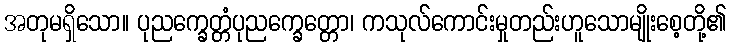
အတုမရှိသော။ ပုညက္ခေတ္တံပုညက္ခေတ္တော၊ ကသုလ်ကောင်းမှုတည်းဟူသောမျိုးစေ့တို့၏